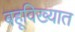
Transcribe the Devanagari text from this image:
बहूविख्यात